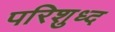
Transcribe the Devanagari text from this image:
परिशुध्द